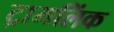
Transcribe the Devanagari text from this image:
ट्रामलिंक